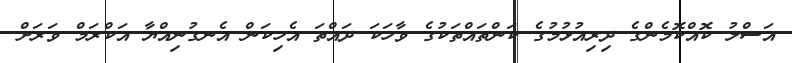
އަސްލު ކޮއްކޮމެންގެ ދިރިއުޅުމުގެ ކަންތައްތަކުގެ ވާހަކަ ދައްތަ އެހިކަން އެނގުނިއްޔާ އަކްރަމް ވަރަށް